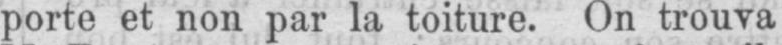
porte et non par la toiture. On trouva